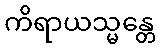
ကိရာယသ္မန္တေ